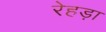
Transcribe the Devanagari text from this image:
रेहड़ा